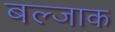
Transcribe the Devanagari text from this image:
बल्जाक